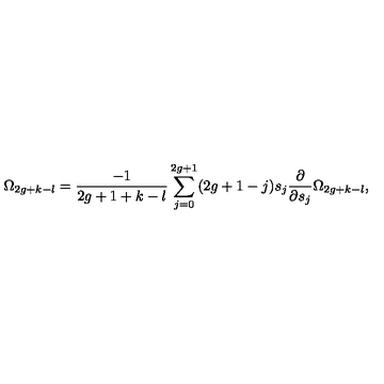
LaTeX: \Omega _ { 2 g + k - l } = { \frac { - 1 } { 2 g + 1 + k - l } } \sum _ { j = 0 } ^ { 2 g + 1 } ( 2 g + 1 - j ) s _ { j } { \frac { \partial } { \partial s _ { j } } } \Omega _ { 2 g + k - l } ,